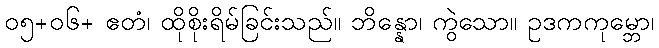
၀၅+၀၆+ ဧတံ၊ ထိုစိုးရိမ်ခြင်းသည်။ ဘိန္နော၊ ကွဲသော။ ဥဒကကုမ္ဘော၊